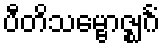
ပီတိသမ္ဗောဇ္ဈင်္ဂံ